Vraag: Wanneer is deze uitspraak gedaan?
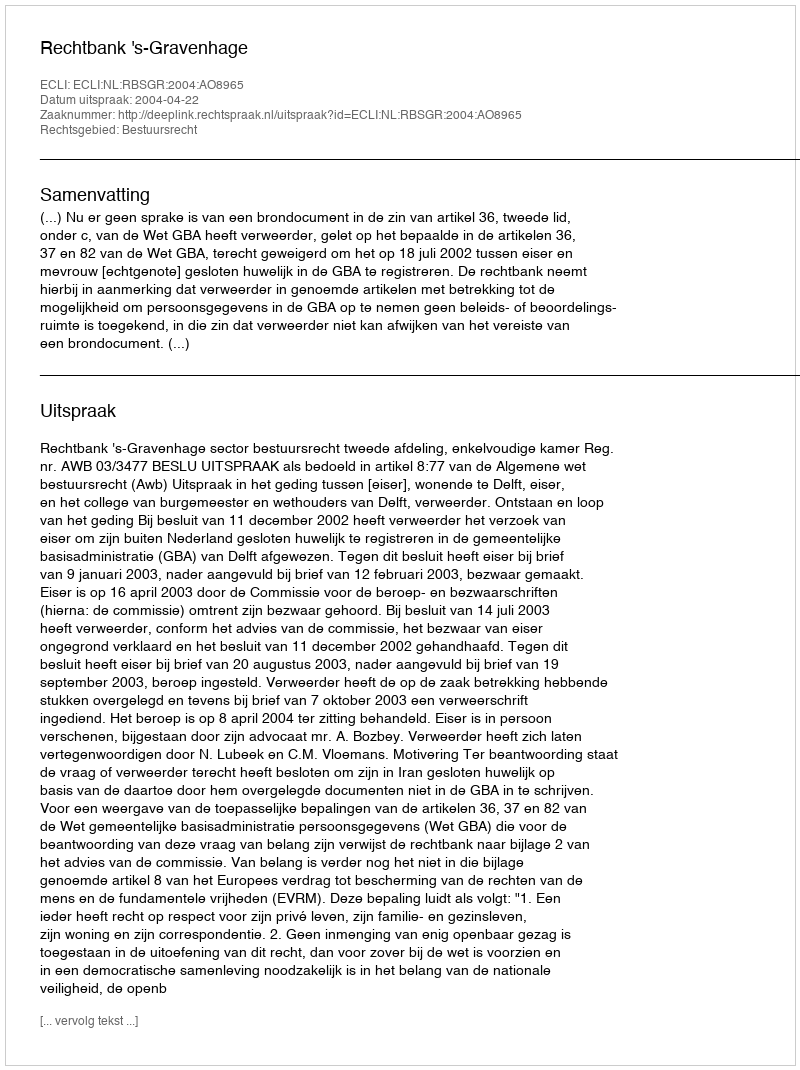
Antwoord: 2004-04-22